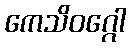
ကေသိဝဂ္ဂေါ